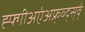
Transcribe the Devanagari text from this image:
ह्फ्गीअए॑अफ्र्व्द्स्व्॑